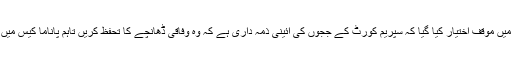
منگل کو شاہد اورکزئی ایڈووکیٹ کی جانب سے دائر کی گئی درخواست میں موقف اختیار کیا گیا کہ سپریم کورٹ کے ججوں کی آئینی ذمہ داری ہے کہ وہ وفاقی ڈھانچے کا تحفظ کریں تاہم پاناما کیس میں 28 جولائی کے فیصلے کے نتیجے میں آئین کی 40 شقیں معطل ہوئیں۔